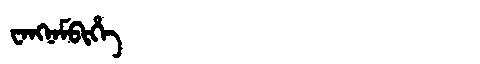
Manchu: ᠸᠠᠩᠨᠠᠮᠪᡳᡥᡝ
Romanization: WANGNAMBIHE